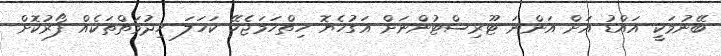
ބޭނުމަކީ އައްޑު އަށް އަންނަ ޓޫރިސްޓުންނަށް އަގުހެޔޮ ހިތްހަމަޖެހޭ ކަހަލަ ހިދުމަތްތަކެއް ފޯރުކޮށް